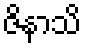
ဇိနာသိ